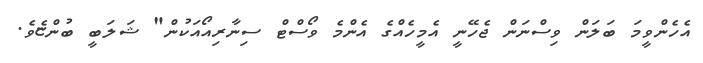
އެހެންވީމަ ބަލަން ވިސްނަން ޖެހޭނީ އެމީހެއްގެ އެންމެ ވޯސްޓް ސިނާރިއޯއަކުން" ޝަލަބީ ބުންޏެވެ.